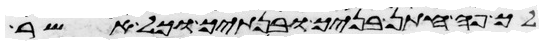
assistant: לך פה חתן בניך ובנתיך וכל אשר